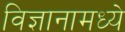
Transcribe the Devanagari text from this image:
विज्ञानामध्ये